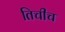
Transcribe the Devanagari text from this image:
तिचीच